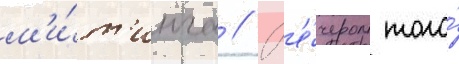
м'и́т'инга // В'е́чером того́